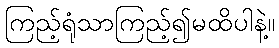
ကြည့်ရုံသာကြည့်၍မထိပါနဲ့။